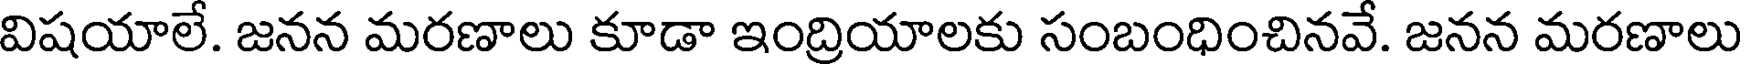
విషయాలే. జనన మరణాలు కూడా ఇంద్రియాలకు సంబంధించినవే. జనన మరణాలు